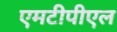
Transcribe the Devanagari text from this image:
एमटीपीएल